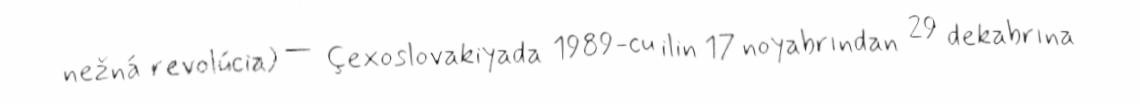
nežná revolúcia) — Çexoslovakiyada 1989-cu ilin 17 noyabrından 29 dekabrına